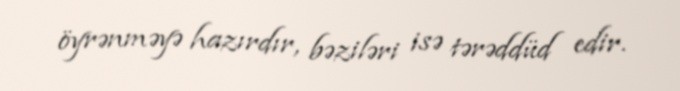
öyrənməyə hazırdır, bəziləri isə tərəddüd edir.